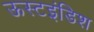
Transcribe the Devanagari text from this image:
ऊस्टइंडिश